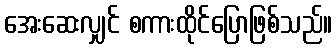
အေးဆေးလျှင် စကားထိုင်ပြောဖြစ်သည်။